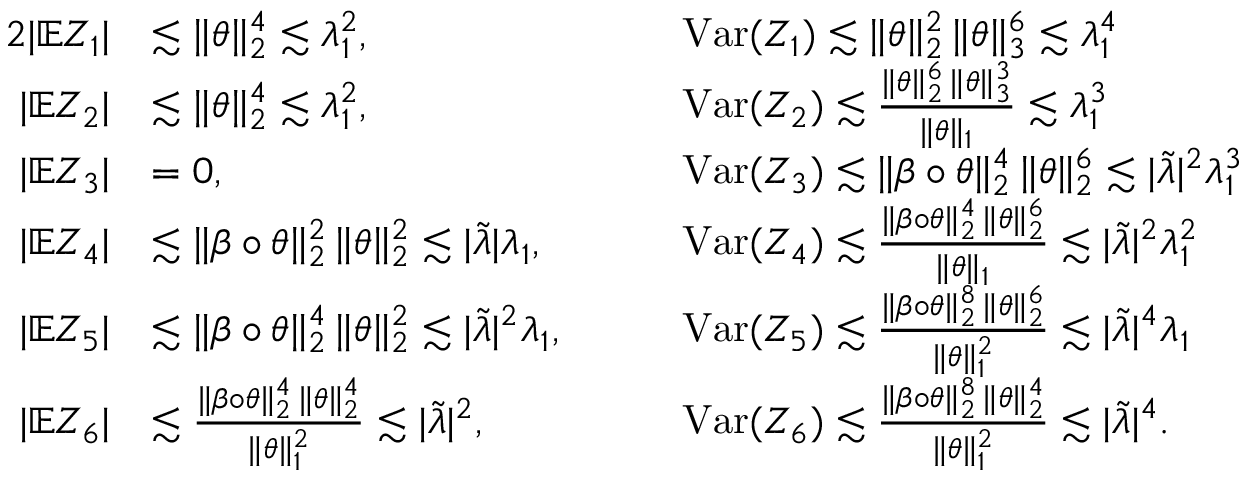
\begin{array} { r l r l } { { 2 } | \mathbb { E } Z _ { 1 } | } & { \lesssim \| \theta \| _ { 2 } ^ { 4 } \lesssim \lambda _ { 1 } ^ { 2 } , \qquad } & & { \mathrm { V a r } ( Z _ { 1 } ) \lesssim \| \theta \| _ { 2 } ^ { 2 } \, \| \theta \| _ { 3 } ^ { 6 } \lesssim \lambda _ { 1 } ^ { 4 } } \\ { | \mathbb { E } Z _ { 2 } | } & { \lesssim \| \theta \| _ { 2 } ^ { 4 } \lesssim \lambda _ { 1 } ^ { 2 } , \quad } & & { \mathrm { V a r } ( Z _ { 2 } ) \lesssim \frac { \| \theta \| _ { 2 } ^ { 6 } \, \| \theta \| _ { 3 } ^ { 3 } } { \| \theta \| _ { 1 } } \lesssim \lambda _ { 1 } ^ { 3 } } \\ { | \mathbb { E } Z _ { 3 } | } & { = 0 , \quad } & & { \mathrm { V a r } ( Z _ { 3 } ) \lesssim \| \beta \circ \theta \| _ { 2 } ^ { 4 } \, \| \theta \| _ { 2 } ^ { 6 } \lesssim | \tilde { \lambda } | ^ { 2 } \lambda _ { 1 } ^ { 3 } } \\ { | \mathbb { E } Z _ { 4 } | } & { \lesssim \| \beta \circ \theta \| _ { 2 } ^ { 2 } \, \| \theta \| _ { 2 } ^ { 2 } \lesssim | \tilde { \lambda } | \lambda _ { 1 } , \quad } & & { \mathrm { V a r } ( Z _ { 4 } ) \lesssim \frac { \| \beta \circ \theta \| _ { 2 } ^ { 4 } \, \| \theta \| _ { 2 } ^ { 6 } } { \| \theta \| _ { 1 } } \lesssim | \tilde { \lambda } | ^ { 2 } \lambda _ { 1 } ^ { 2 } } \\ { | \mathbb { E } Z _ { 5 } | } & { \lesssim \| \beta \circ \theta \| _ { 2 } ^ { 4 } \, \| \theta \| _ { 2 } ^ { 2 } \lesssim | \tilde { \lambda } | ^ { 2 } \lambda _ { 1 } , \quad } & & { \mathrm { V a r } ( Z _ { 5 } ) \lesssim \frac { \| \beta \circ \theta \| _ { 2 } ^ { 8 } \, \| \theta \| _ { 2 } ^ { 6 } } { \| \theta \| _ { 1 } ^ { 2 } } \lesssim | \tilde { \lambda } | ^ { 4 } \lambda _ { 1 } } \\ { | \mathbb { E } Z _ { 6 } | } & { \lesssim \frac { \| \beta \circ \theta \| _ { 2 } ^ { 4 } \, \| \theta \| _ { 2 } ^ { 4 } } { \| \theta \| _ { 1 } ^ { 2 } } \lesssim | \tilde { \lambda } | ^ { 2 } , \quad } & & { \mathrm { V a r } ( Z _ { 6 } ) \lesssim \frac { \| \beta \circ \theta \| _ { 2 } ^ { 8 } \, \| \theta \| _ { 2 } ^ { 4 } } { \| \theta \| _ { 1 } ^ { 2 } } \lesssim | \tilde { \lambda } | ^ { 4 } . } \end{array}